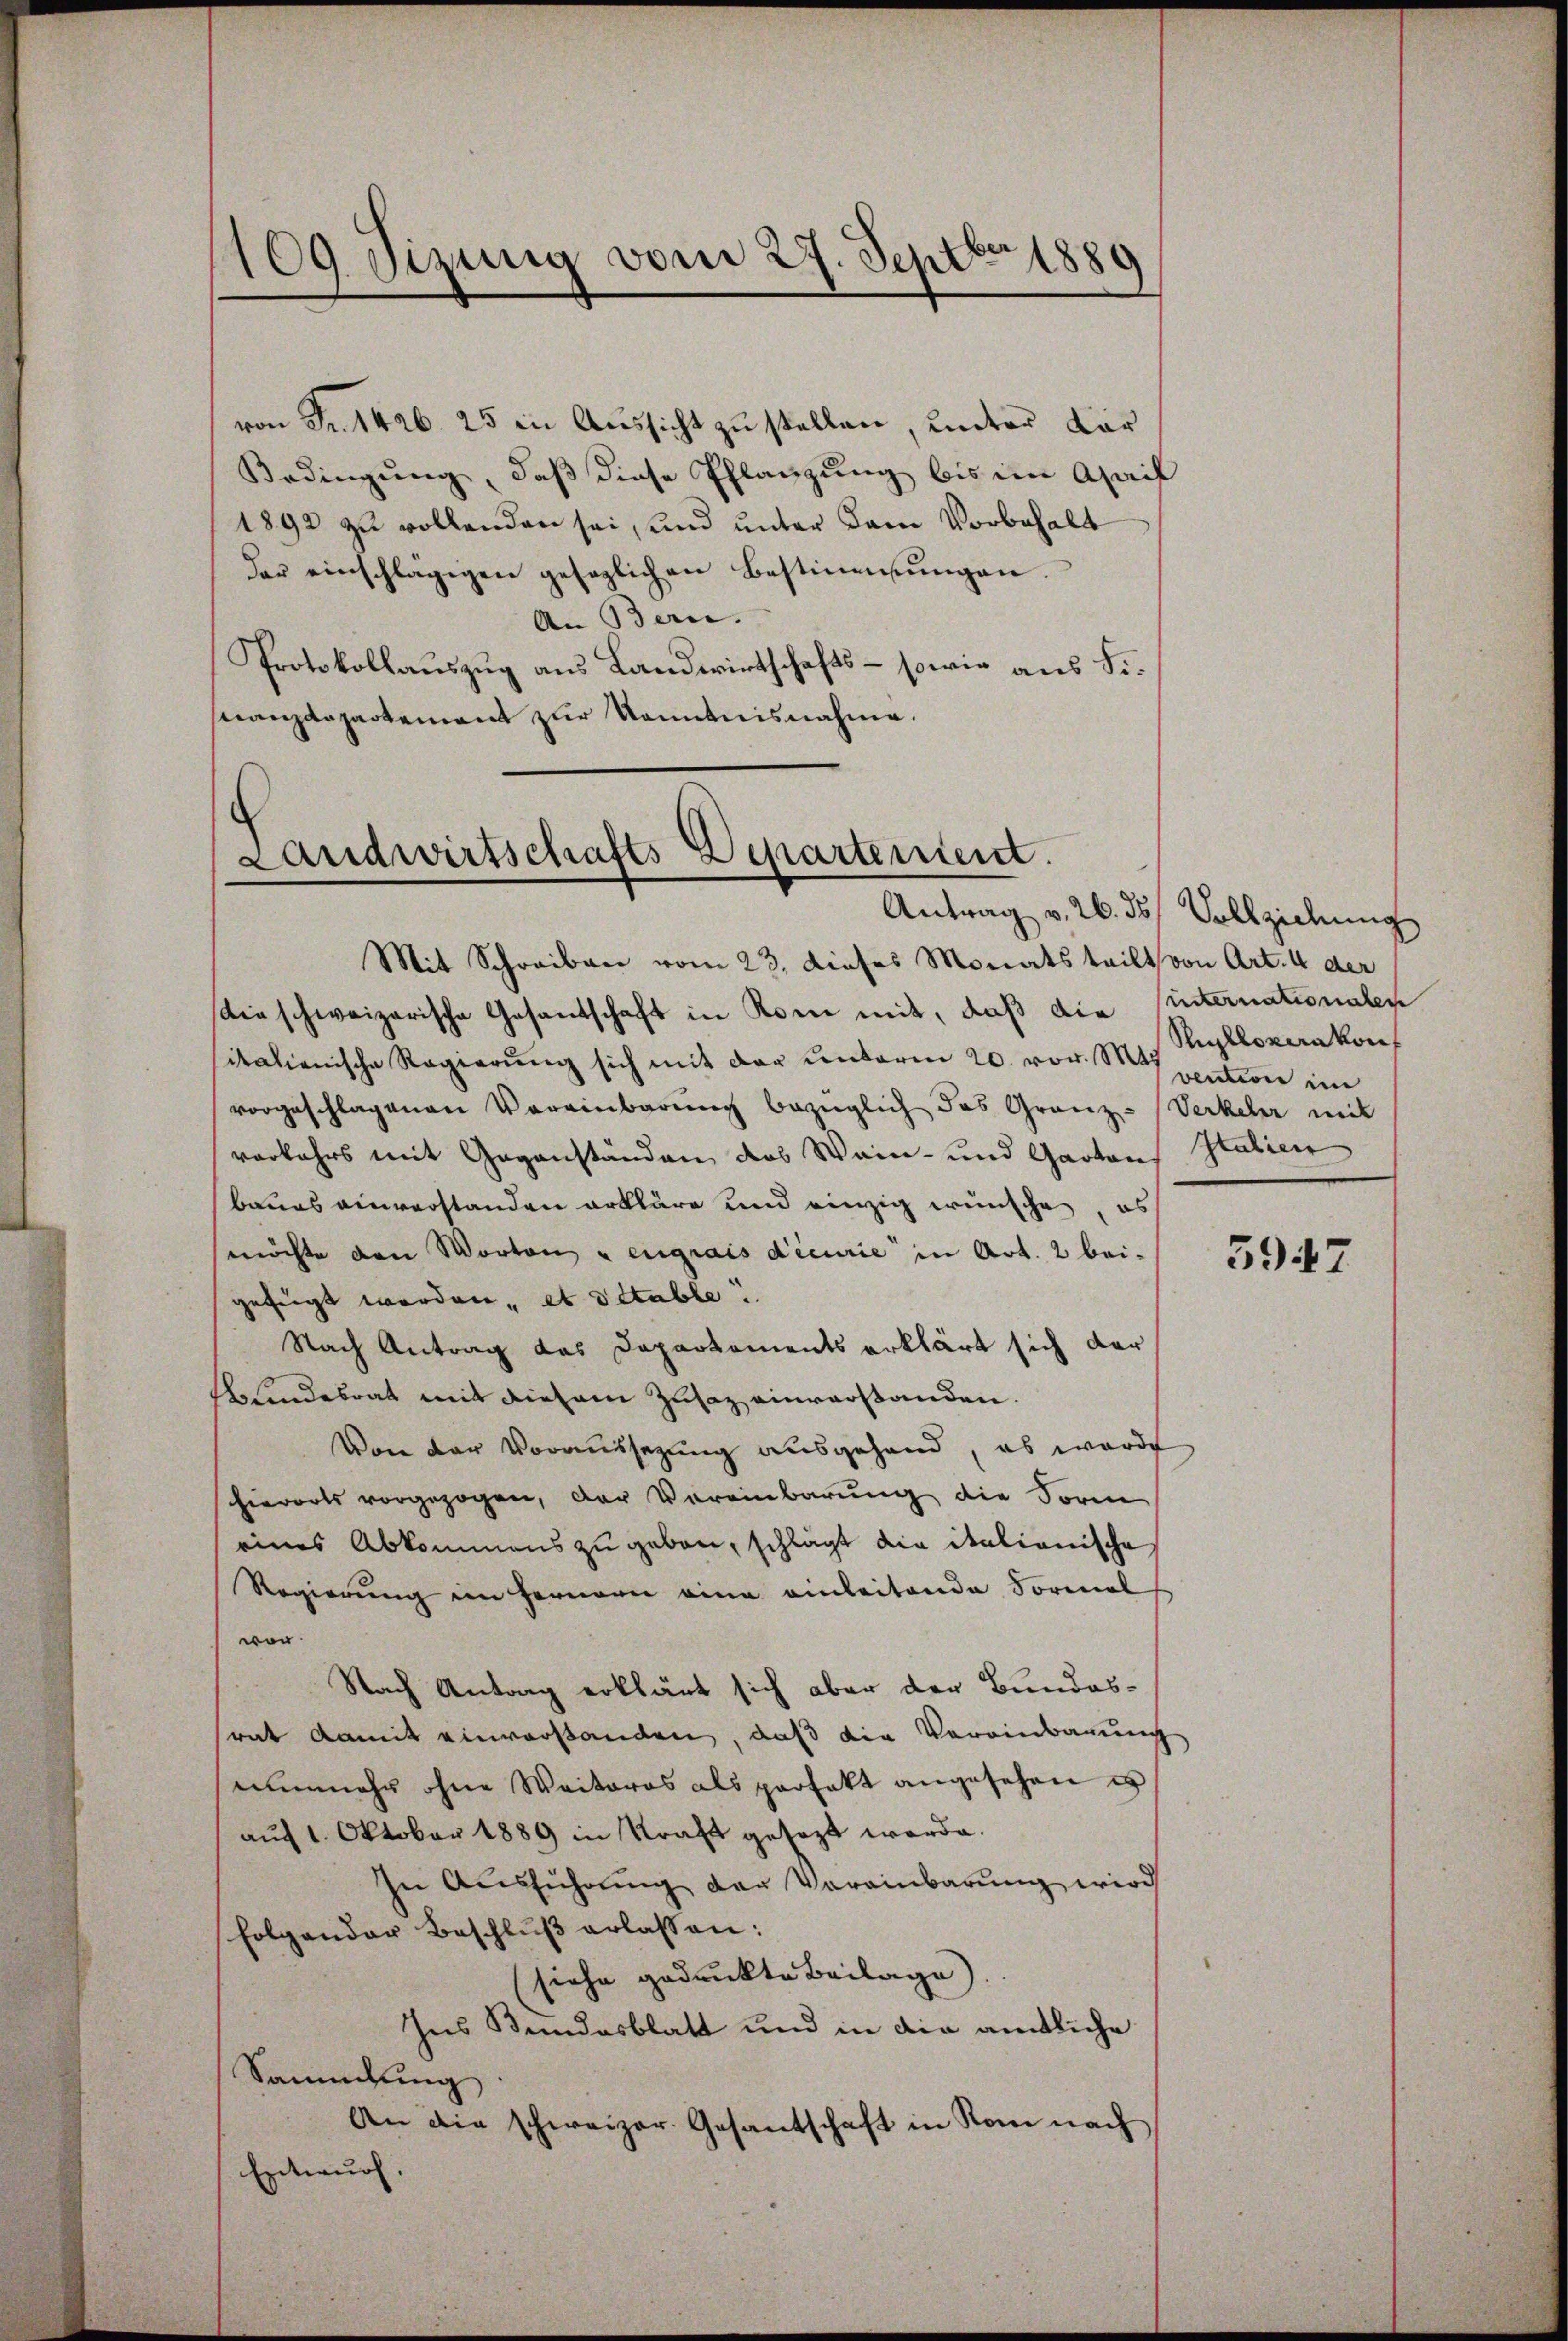
109 Sizung vom 27. Septbr 1880

von Fr. 1426. 25 in Aussicht zu stellen, unter Kor¬
Bedingung, daß diese Pflanzung bis im Ahail
1892 zu vollenden sei, und unter dem Vorbehalt
der einschlägigen gesaglichen Bestimmungen.
An Bern.
Protokollauszug aus Landwirtschafts – sowie aus Finanzdepartement zur Kenntnisnahme.

Landwirtschafts-Departenient.
Mit Schreiben vom 23. dieses Monats teilt von Art. 4 der

Antrag v. 26. ds Vollziehung

die schweizerische Gesandschaft in Rom mit, daß die internationalen
itationische Regierŭng sich mit der unterm 20. vor. Mt. Silloverakon
vorgeschlagenen Vereinbarung bezüglich das Granz-Verkehr mit
verkehrs mit Gegenständen das Wein- und Gartens Italien
baues einverstanden erkläre und einzig wünsche, es
möchte den Worten u engrais decurie in Art. 2 beigefügt werden, et détable
Nach Antrag das Departements erklärt sich der
befindesrat mit diesem Zusaz einverstanden.
Von der Voraussezung ausgehand, es werde
schierorts vorgezogen, der Vereinbarung die Form
eines Abkommens zu geben, schlägt die italianische
Regierung im Fernern eine einleitende Formal
von
Nach Antrag erklärt sich aber der Bundessrat damit einverstanden, daß die Vereinbarung
nunmehr ohne Weiteres als profakt angesehen is
auf 1. Oktober 1889 in Kraft gesezt werde.
In Ausführung der Vereinbarung wird
folgender Beschlŭβ erlassen:
siehe gedruckte Beilage)
Ins Bundesblatt und in die amtliche
Saundung
An die schweizer Gesantschaft in Rom nach
Entwurf.

vention im

5947